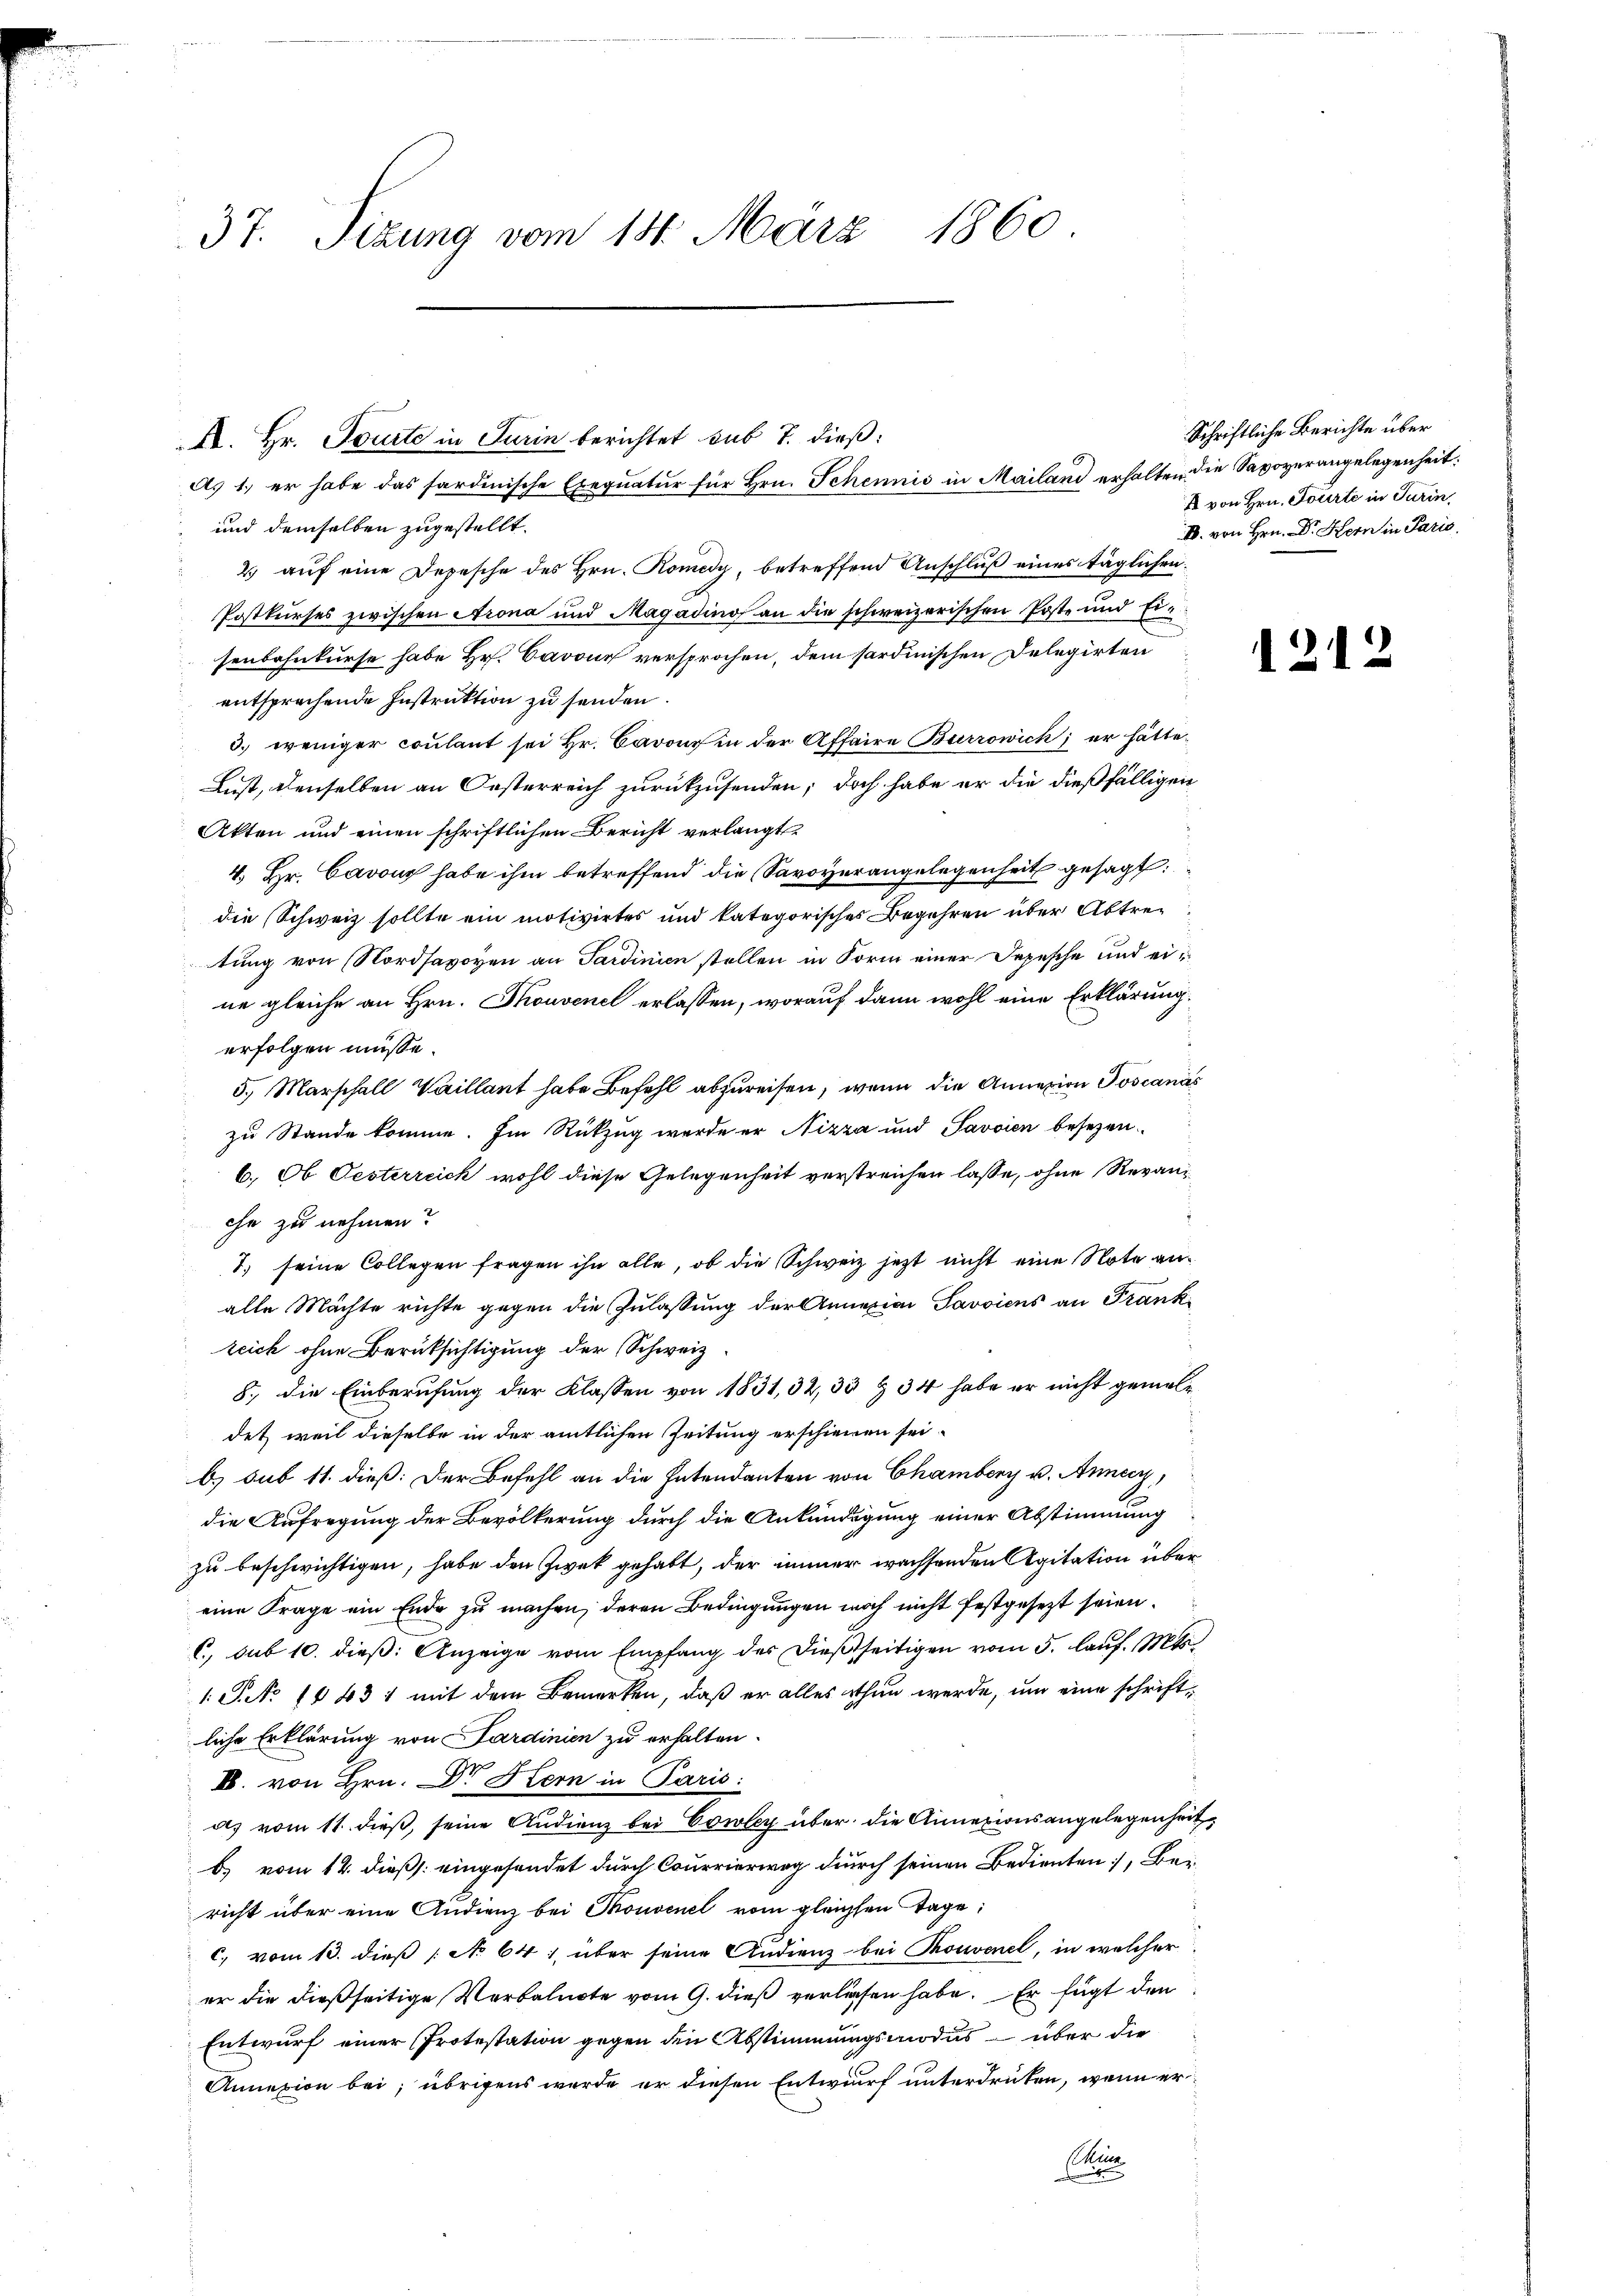
37. Sizung vom 14. März 1860

A. Hr. Tourte in Turin berichtet sub 7. dieß:
und demselben zugestellt.
2 auf eine Depesche des Hrn. Komedy, betreffend Anschluß eines täglichen.
Postkurses zwischen Arona und Magadino an die schweizerischen Poste und Eisenbahnkurse habe Hr. Baron versprochen, dem sardinischen Delegirten
entsprechende Instruktion zu senden.
3.) weniger coulant sei Hr. Cavon in der Affaire Burrowich; er hätte¬
Lust, denselben an Oesterreich zurückzusenden; doch habe er die dießfälligen
Akten und einen schriftlichen Bericht verlangt,
4. Hr. Cavous habe ihm betreffend die Savoyerangelegenheit gesagt
die Schweiz sollte ein motivirtes und kategorisches Begehren über Abtretung von Nordsavoyen an Sardinien stellen in Form einer Depesche und eine gleiche an Hrn. Thouvenel erlassen, worauf dann wohl eine Erklärung.
erfolgen müsse.
5. Marschall Waillant habe Befehl abzureisen, wenn die Annexion Joscanas
zu Stande komme. Im Rückzug wurde er Nizza und Savoien besezen-
6.) Ob Oesterreich wohl diese Gelegenheit verstreichen lasse, ohne Revanche zu nehmen?
1. seine Collegen fragen ihn alle, ob die Schweiz jetzt nicht eine Note analle Mächte richte gegen die Zulassung der Annezian Savviens an Frankreich ohne Berüksichtigung der Schweiz
8., die Einberufung der Klassen von 1831, 32, 35 & 34 habe er nicht gemeldet, weil dieselbe in der amtlichen Zeitung erschienen sei.
b) sub 11. dieß: Der Befehl an die Intendanten von Chamberg u. Annay,
die Aufregung der Bevölkerung durch die Ankündigung einer Abstimmung
zu beschwichtigen, habe den Zwek gehabt, der immer wachsenden Agitation über
eine Frage ein Ende zu machen, deren Bedingungen noch nicht festgesezt seien.
C, sub 10. dieß: Anzeige vom Empfang des dießseitigen vom 5. lauf. Mts.
1 S. No. 1843 1 mit dem Bemerken, daß er alles thun werde, um eine schriftliche Erklärung von Sardinien zu erhalten.
e
I. von Hrn. Dr Stern in Paris:
ds vom 11. dieß, seine Audienz bei Corley über die Annexionsangelegenheit
b) vom 14. dieß eingesendet durch Courrierweg durch seinen Bedienten, Bericht über eine Andienz bei Thouvenel vom gleichsen Tage,
c, vom 13. dieß (No 641, über seine Audienz bei Touvenel, in welcher
er die dießseitige Verbalnote vom 9. dieß verlassen habe. Er fügt den
Entwurf einer Protestation gegen den Abstimmungsmodus – über die
Annexion bei; übrigens wurde er diesen Entwurf unterdrüken, wenn er
n

A. 1. er habe das sardinische Exequatur für Hrn. Schennis in Mailand erhalten die Sapoverangelegenheit.

C

Schriftliche Berichte über
1 von Hrn. Tourte in Turin,
I. von Hrn. Dr Hern in Paris

121

3